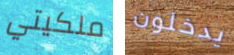
ملكيتي يدخلون